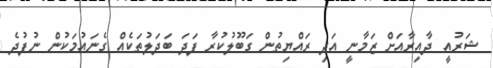
ޝަރުއީ ދާއިރާއަށް ޒަމާނީ އަދި ރައްޔިތުން ގަބޫލުކުރާ ފަދަ ބަދަލުތަކެއް ގެނައުމަކުން ނުފުދެ